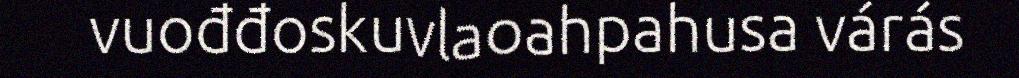
vuođđoskuvlaoahpahusa várás